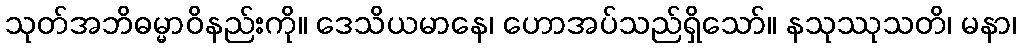
သုတ်အဘိဓမ္မာဝိနည်းကို။ ဒေသိယမာနေ၊ ဟောအပ်သည်ရှိသော်။ နသုဿုသတိ၊ မနာ၊